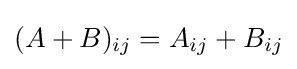
(A+B)_{ij}=A_{ij}+B_{ij}